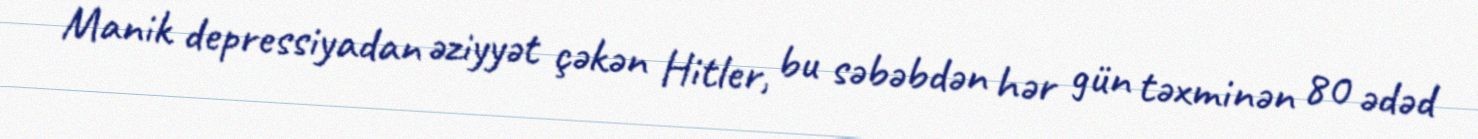
Manik depressiyadan əziyyət çəkən Hitler, bu səbəbdən hər gün təxminən 80 ədəd